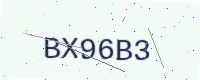
Text: BX96B3